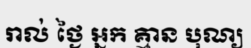
រាល់ ថ្ងៃ អ្នក គ្មាន បុណ្យ